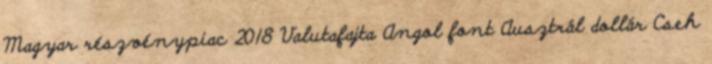
Magyar részvénypiac 2018 Valutafajta Angol font Ausztrál dollár Cseh